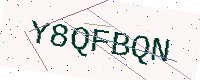
Text: Y8QFBQN